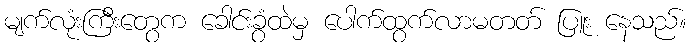
မျက်လုံးကြီးတွေက ခေါင်းခွံထဲမှ ပေါက်ထွက်လာမတတ် ပြူး နေသည်။